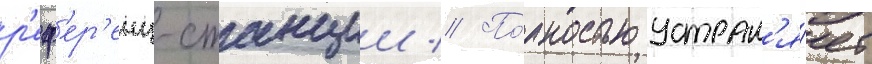
р'еф'ер'енц-станции // По́лностью устран'я́ет